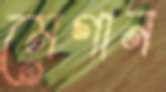
মেগান